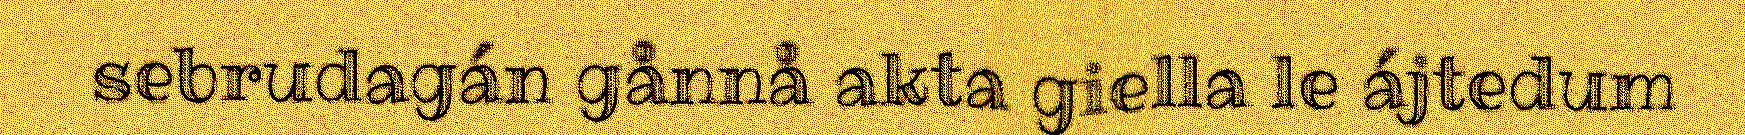
sebrudagán gånnå akta giella le ájtedum